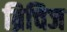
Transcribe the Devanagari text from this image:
ब्रिचिज